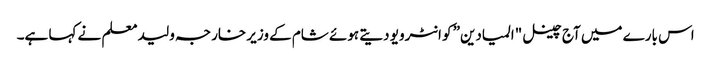
اس بارے میں آج چینل "المیادین” کو انٹرویو دیتے ہوئے شام کے وزیر خارجہ ولید معلم نے کہا ہے۔